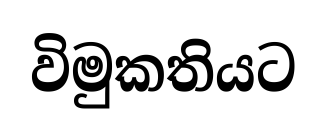
විමුකතියට